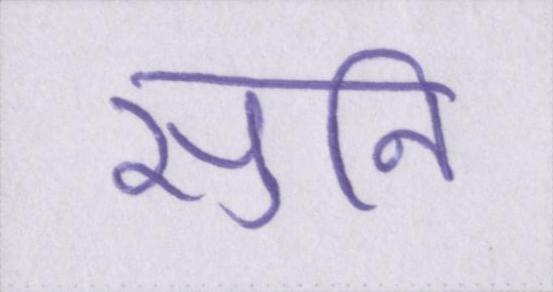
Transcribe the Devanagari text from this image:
सुनि